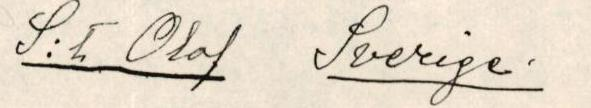
S:t Olof  Sverige.